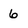
Character: 6